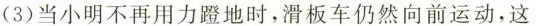
(3)当小明不再用力蹬地时，滑板车仍然向前运动，这